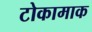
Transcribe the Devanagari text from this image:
टोकामाक